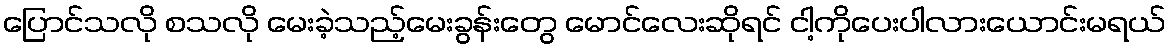
ပြောင်သလို စသလို မေးခဲ့သည့်မေးခွန်းတွေ မောင်လေးဆိုရင် ငါ့ကိုပေးပါလားယောင်းမရယ်